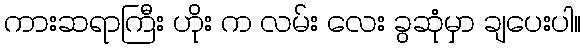
ကားဆရာကြီး ဟိုး က လမ်း လေး ခွဆုံမှာ ချပေးပါ။